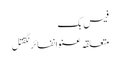
فیس بک
متعلقہ عنوانفائرنگقتل